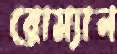
রোম্যান